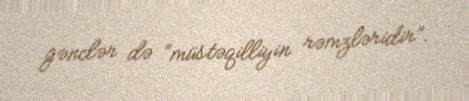
gənclər də “müstəqilliyin rəmzləridir”.